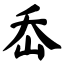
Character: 岙